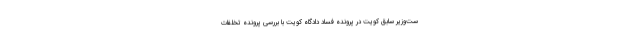
ست‌وزیر سابق کویت در پرونده فساد دادگاه کویت با بررسی پرونده تخلفات